Indian Civil Veterinary Department memoirs
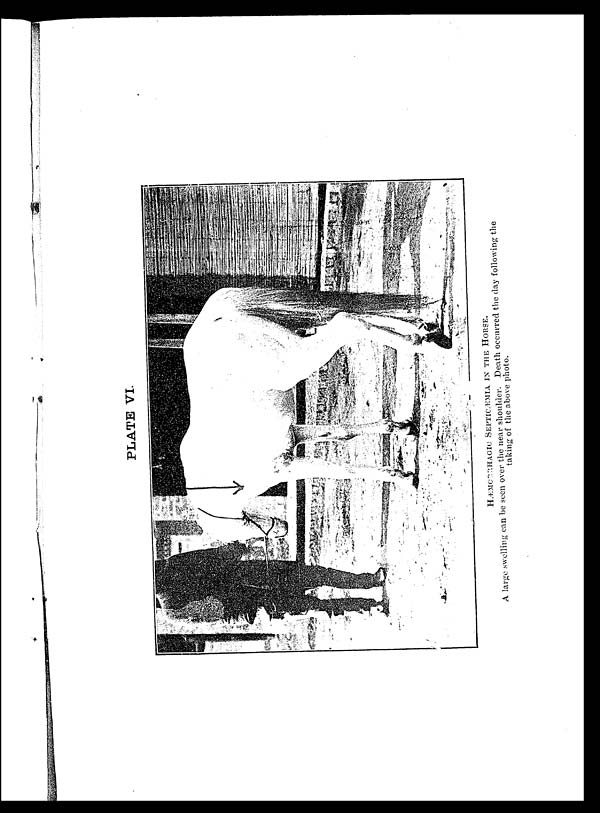
PLATE VI.
HÆMORRHAGIC SEPTICÆMIA IN THE HORSE.
A large swelling can be seen over the near shoulder. Death occurred the day following the
taking of the above photo.